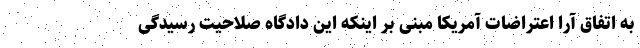
به اتفاق آرا اعتراضات آمریکا مبنی بر اینکه این دادگاه صلاحیت رسیدگی